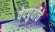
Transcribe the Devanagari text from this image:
वेदपुर्वीचे